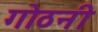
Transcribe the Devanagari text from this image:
गोठनी